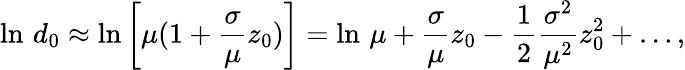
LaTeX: \ln\, d_{0}\approx\ln\left[\mu(1+\frac{\sigma}{\mu}z_{0})\right]=\ln\, \mu+\frac{\sigma}{\mu}z_{0}-\frac{1}{2}\frac{\sigma^{2}}{\mu^{2}}z_{0}^{2}+\dots,